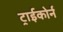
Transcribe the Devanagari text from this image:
ट्राईकोर्न